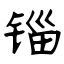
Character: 锱